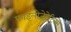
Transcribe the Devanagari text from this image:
फाइलोजेनेटिक्स